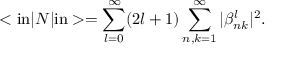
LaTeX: < { \mathrm { i n } } | N | { \mathrm { i n } } > = \sum _ { l = 0 } ^ { \infty } ( 2 l + 1 ) \sum _ { n , k = 1 } ^ { \infty } | \beta _ { n k } ^ { l } | ^ { 2 } .